Indian journal of veterinary science and animal husbandry - Volume 11,
Year: 1941
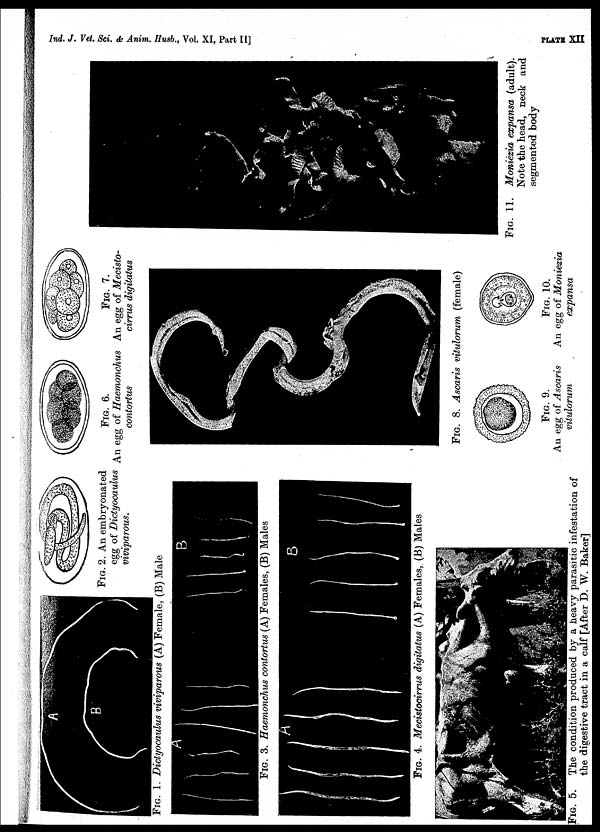
Ind. J. Vet. Sci. & Anim. Husb., Vol. XI, Part II]
PLATE
XII
FIG. 1. Dictyocaulus viviparous (A) Female, (B) Male
FIG. 2. An embryonated
egg of Dictyocaulus
viviparous.
FIG. 3. Haemonchus contortus (A) Females, (B) Males
FIG. 4. Mecistocirrus digitatus (A) Females, (B) Males
FIG. 5. The condition produced by a heavy parasitic infestation of
the digestive tract in a calf [After D. W. Baker]
FIG. 6.
An egg of Haemonchus
contortus
FIG. 7.
An egg of Mecisto-
cirrus digitatus
FIG. 8. Ascaris vitulorum (female)
FIG. 9.
An egg of Ascaris
vitulorum
FIG. 10.
An egg of Moniezia
expansa
FIG. 11. Moniezia expansa (adult).
Note the head, neck and
segmented body